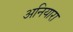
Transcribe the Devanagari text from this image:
अनियारा